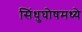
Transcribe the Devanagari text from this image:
सिंधुघोषमध्ये